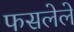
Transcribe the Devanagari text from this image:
फसलेले